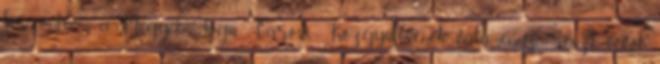
köszöntsem a Megyei Jogú Városi Közgyűlésének valamennyi részt vevőt.